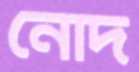
নোদ